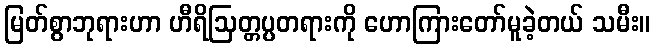
မြတ်စွာဘုရားဟာ ဟီရိဩတ္တပ္ပတရားကို ဟောကြားတော်မူခဲ့တယ် သမီး။